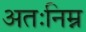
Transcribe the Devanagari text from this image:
अतःनिम्न